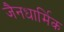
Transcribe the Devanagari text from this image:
जैनधार्मिक